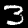
Digit: 3